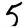
Digit: 5